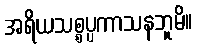
အရိယသစ္စပ္ပကာသနဘူမိ။